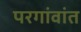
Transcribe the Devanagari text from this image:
परगांवांत